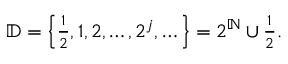
\begin{array} { r } { \mathbb D = \left\{ \frac { 1 } { 2 } , 1 , 2 , \dots , 2 ^ { j } , \dots \right\} = 2 ^ { \mathbb N } \cup \frac { 1 } { 2 } . } \end{array}